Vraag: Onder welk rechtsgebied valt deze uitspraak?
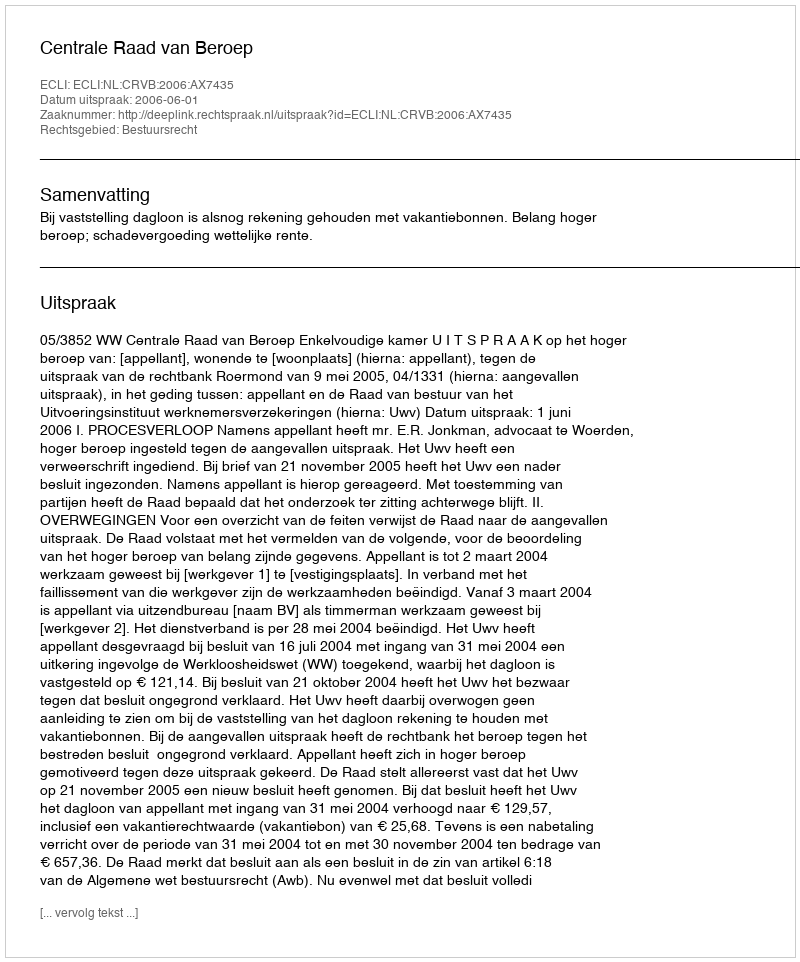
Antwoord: Bestuursrecht